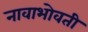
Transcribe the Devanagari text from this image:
नावाभोवती